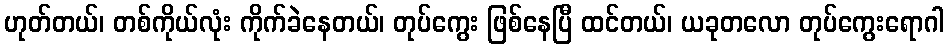
ဟုတ်တယ်၊ တစ်ကိုယ်လုံး ကိုက်ခဲနေတယ်၊ တုပ်ကွေး ဖြစ်နေပြီ ထင်တယ်၊ ယခုတလော တုပ်ကွေးရောဂါ